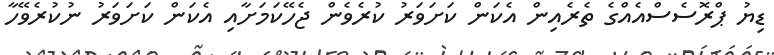
ޑިޔު ޕްރޮސެސްއެއްގެ ތެރެއިން އެކަން ކަށަވަރު ކުރެވެން ޖެހޭކަމަށާއި އެކަން ކަށަވަރު ނުކުރެވޭހާ